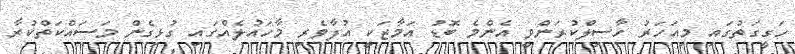
ހަގީގަތުގައި މިއަހަރު ހާސިލްކުރަންވީ އެންމެ ބޮޑު އަމާޒަކީ އުފާވެރި މާހައުލެއްގައި ގުޅިގެން މަސައްކަތްކުރާ